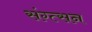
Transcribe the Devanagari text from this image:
संग्त्सन